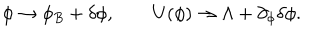
\phi \to \phi _ { B } + \delta \phi , \qquad U ( \phi ) \to \Lambda + \partial _ { \phi } \delta \phi .